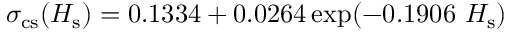
\sigma _ { \mathrm { c s } } ( H _ { \mathrm { s } } ) = 0 . 1 3 3 4 + 0 . 0 2 6 4 \exp ( - 0 . 1 9 0 6 \ H _ { \mathrm { s } } )